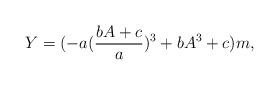
LaTeX: \begin{align*} Y=(-a(\frac{bA+c}{a})^3+bA^3+c)m,\end{align*}